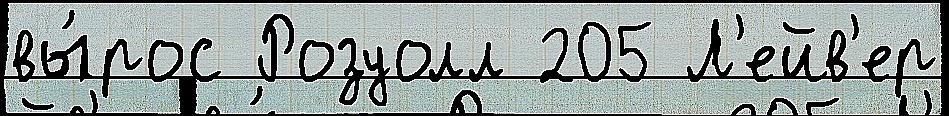
вы́рос Розуолл 205 Л'ейв'ер